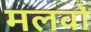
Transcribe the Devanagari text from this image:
मलवो